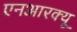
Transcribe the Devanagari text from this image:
एनआरक्यू